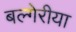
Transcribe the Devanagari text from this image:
बल्गेरीया